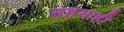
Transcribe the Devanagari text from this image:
सहभाही